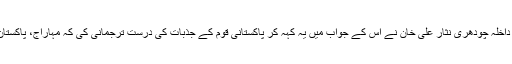
پاکستان کے وزیر داخلہ چودھری نثار علی خان نے اس کے جواب میں یہ کہہ کر پاکستانی قوم کے جذبات کی درست ترجمانی کی کہ مہاراج، پاکستان میانمار نہیں ہے۔